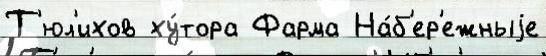
Т'юл'ихов ху́тора Фарма На́б'ер'ежныjе